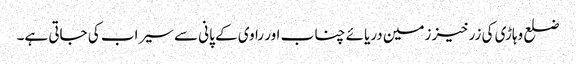
ضلع وہاڑی کی زرخیز زمین دریائے چناب اور راوی کے پانی سے سیراب کی جاتی ہے۔